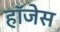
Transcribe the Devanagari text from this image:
हॉजेस